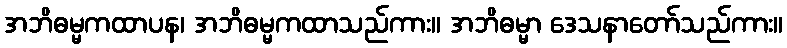
အဘိဓမ္မကထာပန၊ အဘိဓမ္မကထာသည်ကား။ အဘိဓမ္မာ ဒေသနာတော်သည်ကား။